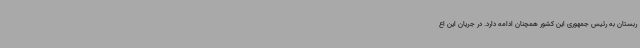
ربستان به رئیس جمهوری این کشور همچنان ادامه دارد. در جریان این اع